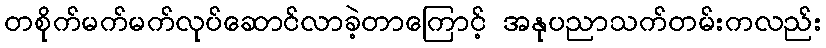
တစိုက်မက်မက်လုပ်ဆောင်လာခဲ့တာကြောင့် အနုပညာသက်တမ်းကလည်း